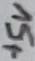
Text: +5V